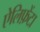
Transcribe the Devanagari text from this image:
ऐलिफ़ेंटा